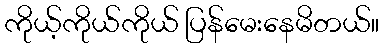
ကိုယ့်ကိုယ်ကိုယ် ပြန်မေးနေမိတယ်။